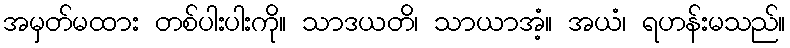
အမှတ်မထား တစ်ပါးပါးကို။ သာဒယတိ၊ သာယာအံ့။ အယံ၊ ရဟန်းမသည်။